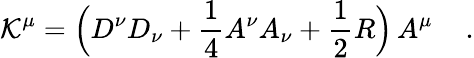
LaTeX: {\cal K}^{\mu}=\Big(D^{\nu}D_{\nu}+\frac{1}{4}A^{\nu}A_{\nu}+\frac{1}{2}R\Big)\, A^{\mu}\quad\, .